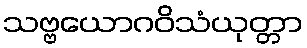
သဗ္ဗယောဂဝိသံယုတ္တာ